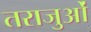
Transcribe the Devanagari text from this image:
तराजुओं